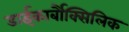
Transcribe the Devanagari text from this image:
डाईकार्बौक्सिलिक